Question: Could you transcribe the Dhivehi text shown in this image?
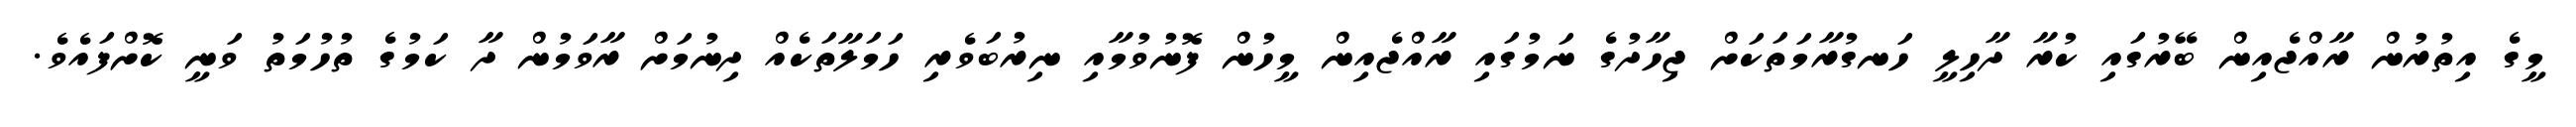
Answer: މީގެ އިތުރުން ރާއްޖެއިން ބޭރުގައި ކުރާ ދާހިލީ ހަނގުރާމަތަކަށް ޖިހާދުގެ ނަމުގައި ރާއްޖެއިން މީހުން ފޮނުވުމާއި ނިރުބަވެރި ހަމަލާތަކެއް ދިނުމަށް ރާވަމުން ދާ ކަމުގެ ތުހުމަތު ވަނީ ކޮށްފައެވެ.